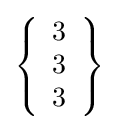
\left\{{\begin{array}{l}3\\3\\3\end{array}}\right\}